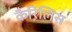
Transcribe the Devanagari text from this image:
कैरिलिस